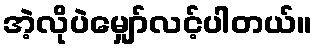
အဲ့လိုပဲမျှော်လင့်ပါတယ်။